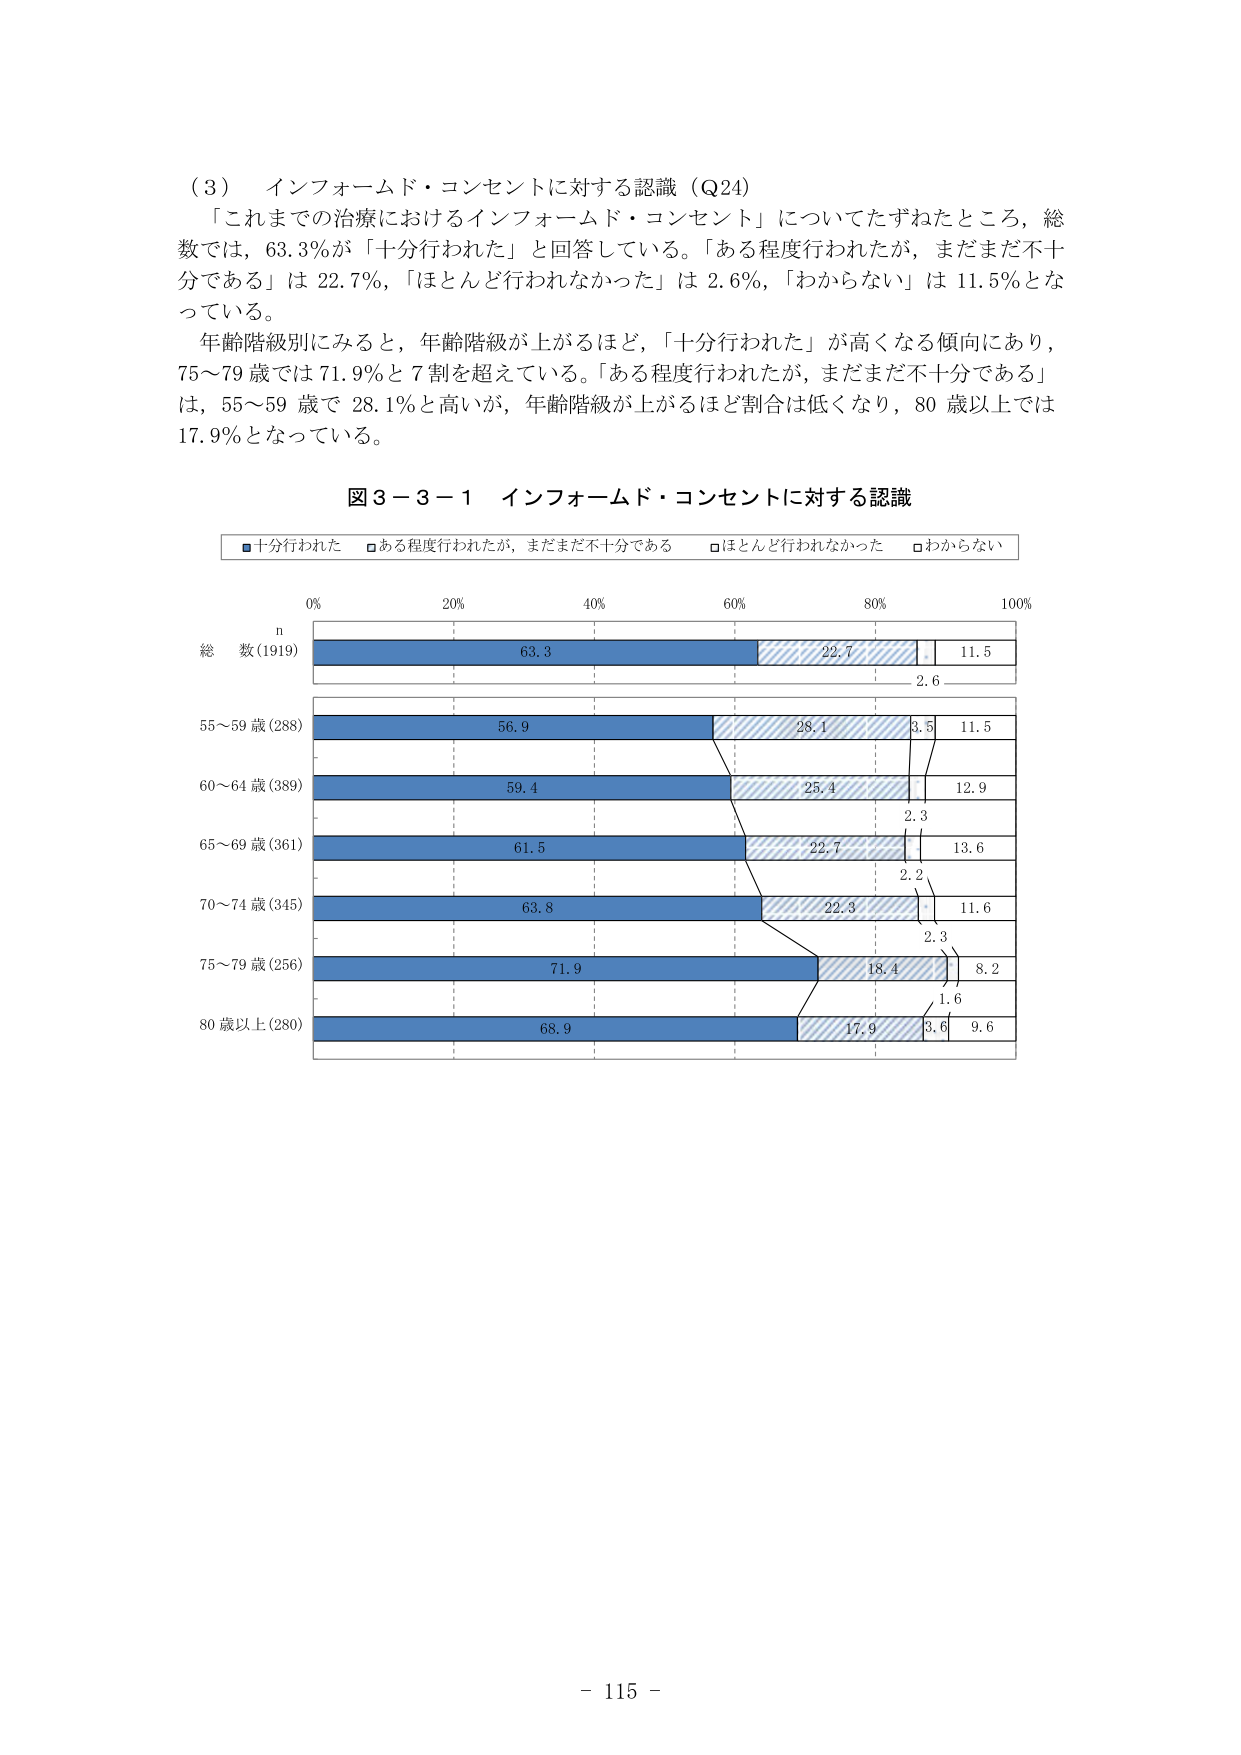
（３） インフォームド・コンセントに対する認識（Q24）
「これまでの治療におけるインフォームド・コンセント」についてたずねたところ，総数では，63.3％が「十分行われた」と回答している。「ある程度行われたが，まだまだ不十分である」は 22.7％，「ほとんど行われなかった」は 2.6％，「わからない」は 11.5％となっている。
年齢階級別にみると，年齢階級が上がるほど，「十分行われた」が高くなる傾向にあり，75～79 歳では 71.9％と 7 割を超えている。「ある程度行われたが，まだまだ不十分である」は，55～59 歳で 28.1％と高いが，年齢階級が上がるほど割合は低くなり，80 歳以上では 17.9％となっている。

図３－３－１ インフォームド・コンセントに対する認識

■十分行われた □ある程度行われたが，まだまだ不十分である □ほとんど行われなかった □わからない

0% 20% 40% 60% 80% 100%
n
総 数 (1919) 63.3 22.7 2.6 11.5
55～59 歳 (288) 56.9 28.1 3.5 11.5
60～64 歳 (389) 59.4 25.4 2.3 12.9
65～69 歳 (361) 61.5 22.7 2.2 13.6
70～74 歳 (345) 63.8 22.3 2.3 11.6
75～79 歳 (256) 71.9 18.4 1.6 8.2
80 歳以上 (280) 68.9 17.9 3.6 9.6

- 115 -